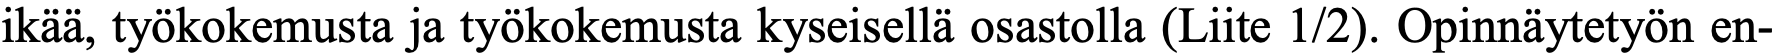
ikää, työkokemusta ja työkokemusta kyseisellä osastolla (Liite 1/2). Opinnäytetyön en-